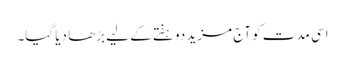
اسی مدت کو آج مزید دوہفتے کے لیے بڑھا دیا گیا۔